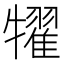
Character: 𤛹